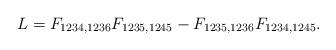
LaTeX: \begin{align*}L = F_{1234,1236}F_{1235,1245}-F_{1235,1236}F_{1234,1245}.\end{align*}